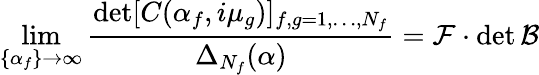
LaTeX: \operatorname*{lim}_{\{ \alpha_{f}\} \to\infty}\frac{\operatorname*{det}[C(\alpha_{f},i\mu_{g})]_{f,g=1,\dots,N_{f}}}{\Delta_{N_{f}}(\alpha)}=\mathcal{F}\cdot\operatorname*{det}\mathcal{B}